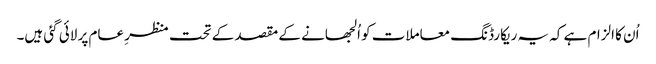
اُن کا الزام ہے کہ یہ ریکارڈنگ معاملات کو اُلجھانے کے مقصد کے تحت منظرِ عام پر لائی گئی ہیں۔